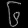
Digit: ၆